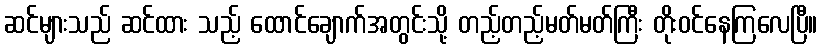
ဆင်များသည် ဆင်ထား သည့် ထောင်ချောက်အတွင်းသို့ တည့်တည့်မတ်မတ်ကြီး တိုးဝင်နေကြလေပြီ။